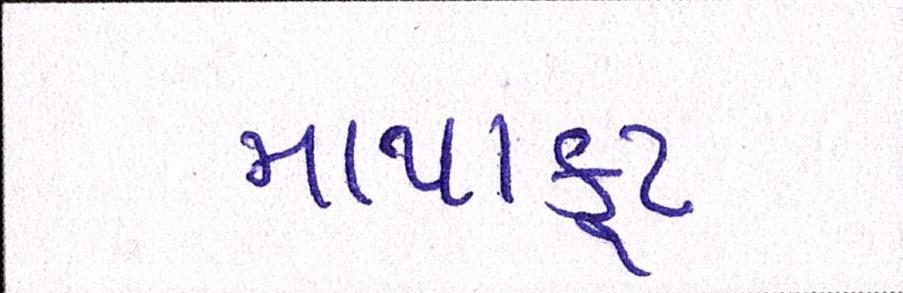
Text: માથાકૂટ